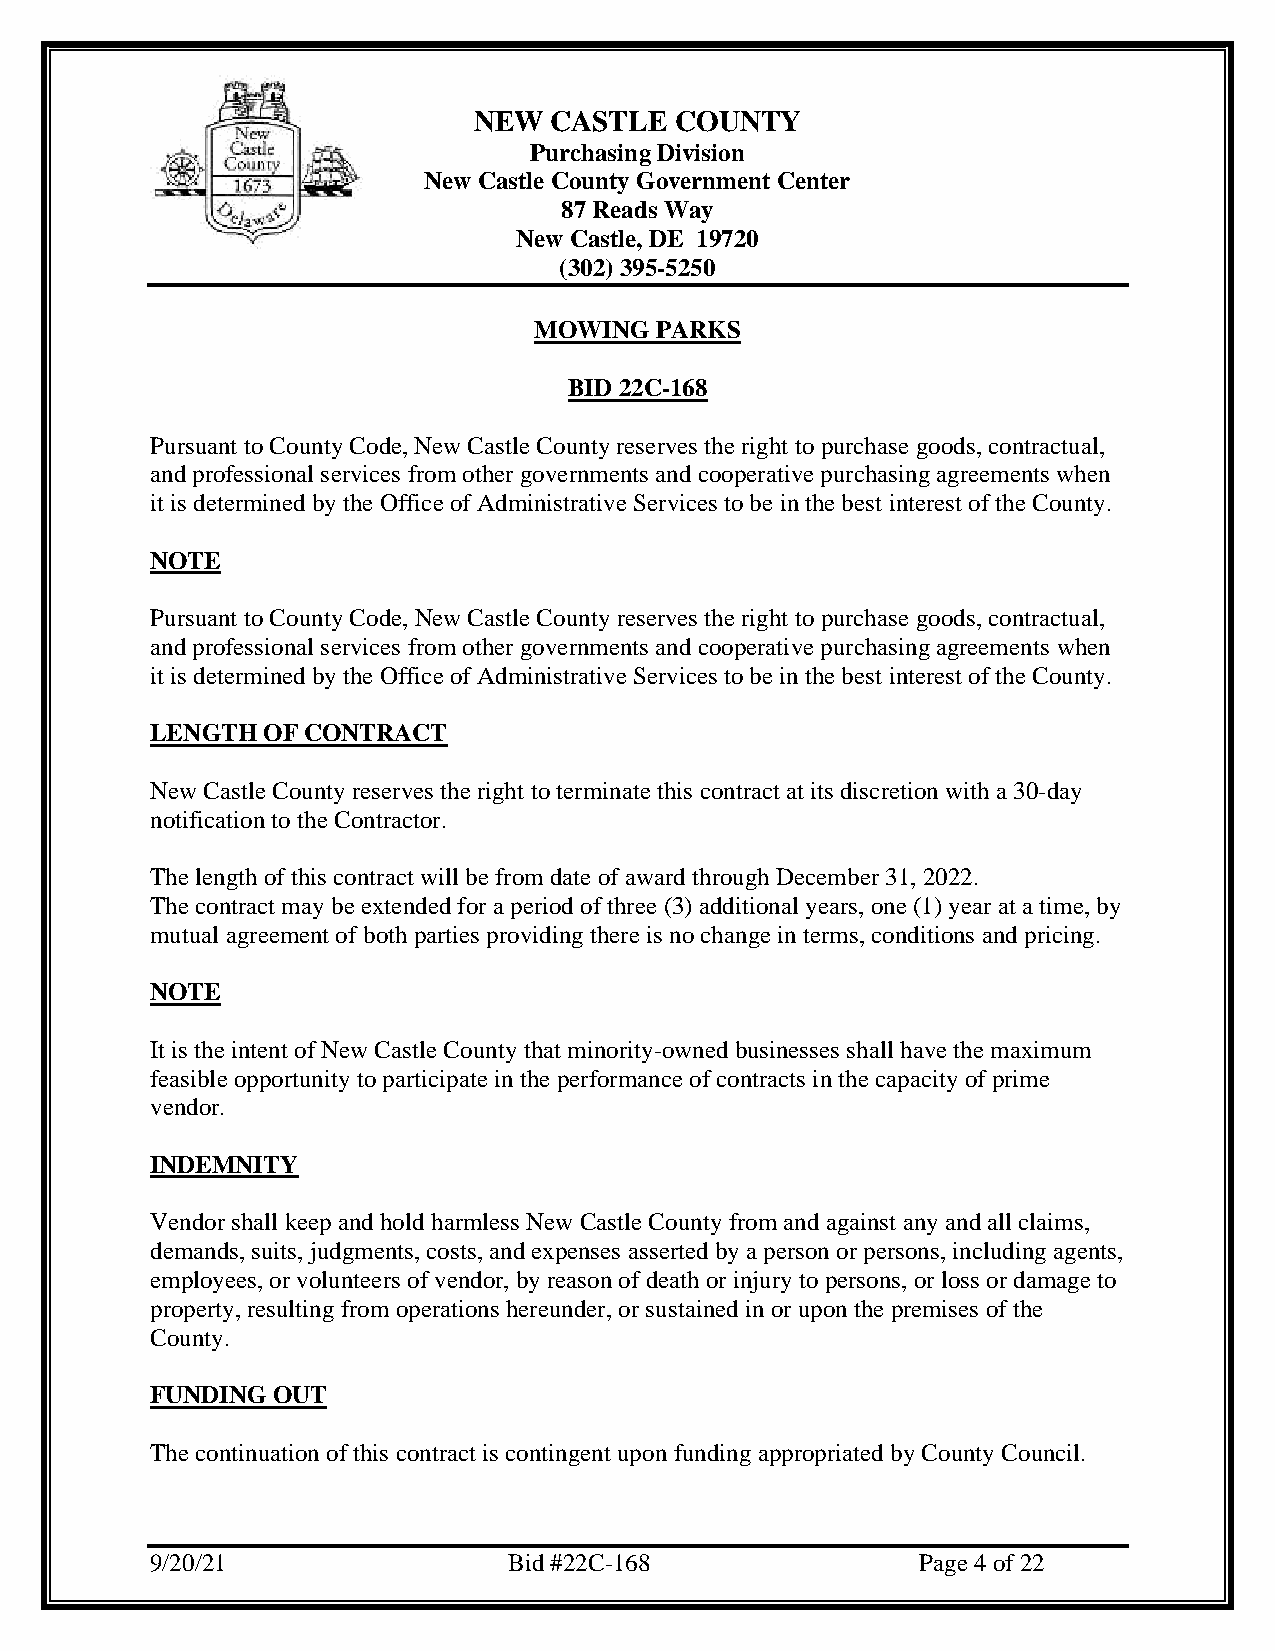
NEW  CASTLE   COUNTY
 Purchasing Division
 New Castle County Government Center
 87 Reads Way
 New Castle, DE 19720
 (302) 395-5250
 MOWING  PARKS
 BID 22C-168
 Pursuant to County Code, New Castle County reserves the right to purchase goods, contractual,
 and professional services from other governments and cooperative purchasing agreements when
 it is determined by the Office of Administrative Services to be in the best interest of the County.
 NOTE
 Pursuant to County Code, New Castle County reserves the right to purchase goods, contractual,
 and professional services from other governments and cooperative purchasing agreements when
 it is determined by the Office of Administrative Services to be in the best interest of the County.
 LENGTH OF CONTRACT
 New Castle County reserves the right to terminate this contract at its discretion with a 30-day
 notification to the Contractor.
 The length of this contract will be from date of award through December 31, 2022.
 The contract may be extended for a period of three (3) additional years, one (1) year at a time, by
 mutual agreement of both parties providing there is no change in terms, conditions and pricing.
 NOTE
 It is the intent of New Castle County that minority-owned businesses shall have the maximum
 feasible opportunity to participate in the performance of contracts in the capacity of prime
 vendor.
 INDEMNITY
 Vendor shall keep and hold harmless New Castle County from and against any and all claims,
 demands, suits, judgments, costs, and expenses asserted by a person or persons, including agents,
 employees, or volunteers of vendor, by reason of death or injury to persons, or loss or damage to
 property, resulting from operations hereunder, or sustained in or upon the premises of the
 County.
 FUNDING OUT
 The continuation of this contract is contingent upon funding appropriated by County Council.
 9/20/21                 Bid #22C-168               Page 4 of 22